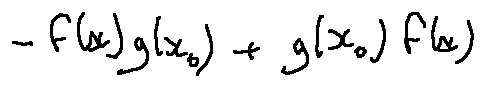
- f ( x ) g ( x _ { 0 } ) + g ( x _ { 0 } ) f ( x )